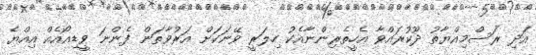
އަދި ރަސްމިއްޔާތު ދޫކުރައްވާ އެހީތެރިންނާއެކު ހިލަރީ ވޭނަކަށް އަރުވާތަން ފެންނަ ވީޑިއޯއެއް އިއްޔެ